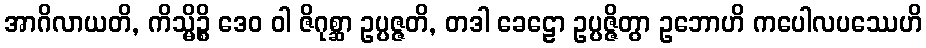
အာဂိလာယတိ, ကိသ္မိဉ္စိ ဒေဝ ဝါ ဇိဂုစ္ဆာ ဥပ္ပဇ္ဇတိ, တဒါ ခေဠော ဥပ္ပဇ္ဇိတွာ ဥဘောဟိ ကပေါလပဿေဟိ